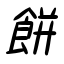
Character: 餅